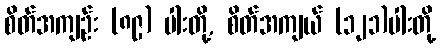
စိတ်အကျဉ်း (၈၉) ပါးတို့, စိတ်အကျယ် (၁၂၁)ပါးတို့